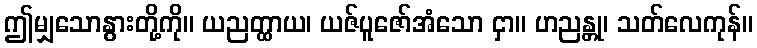
ဤမျှသောနွားတို့ကို။ ယညတ္ထာယ၊ ယဇ်ပူဇော်အံသော ငှာ။ ဟညန္တု၊ သတ်လေကုန်။